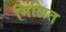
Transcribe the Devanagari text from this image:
मिलित